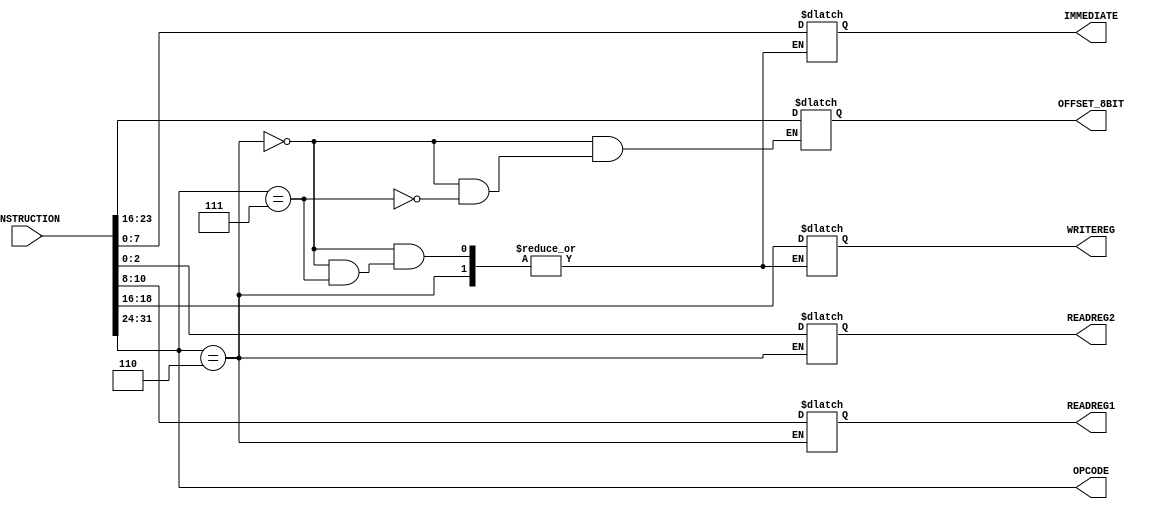
// Computer Architecture (CO224) - Lab 05
// Design: Module to decode 32 bit instruction
// Group Number : 27
// E Numbers : E/18/077, E/18/227
// Names : Dharmarathne N.S., Mudalige D.H.

module decoder (
	input [31:0] INSTRUCTION, 
	output reg [7:0] OPCODE, 
	output reg [7:0] IMMEDIATE, 
	output reg [2:0] READREG2, 
	output reg [2:0] READREG1, 
	output reg [2:0] WRITEREG,
	output reg [7:0] OFFSET_8BIT);
    
	// Instruction decoding
    always @(INSTRUCTION) begin
        OPCODE = INSTRUCTION [31:24];

        // For jump instruction
        if (OPCODE == 8'b00000110) begin
            OFFSET_8BIT = INSTRUCTION [23:16]; 
        end 

        // For Branch instruction
        else if (OPCODE == 8'b00000111) begin
            OFFSET_8BIT = INSTRUCTION [23:16];
            READREG2 = INSTRUCTION [2:0];
            READREG1 = INSTRUCTION [10:8]; 
        end

		// For other instructions
        else begin
            IMMEDIATE = INSTRUCTION [7:0];
            READREG2 = INSTRUCTION [2:0];
            READREG1 = INSTRUCTION [10:8];
            WRITEREG = INSTRUCTION [18:16];
        end
    end
endmodule